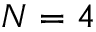
N = 4